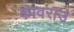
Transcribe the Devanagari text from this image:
कावराउ